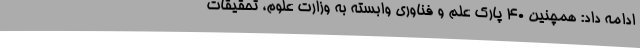
ادامه داد: همچنین 40 پارک علم و فناوری وابسته به وزارت علوم، تحقیقات